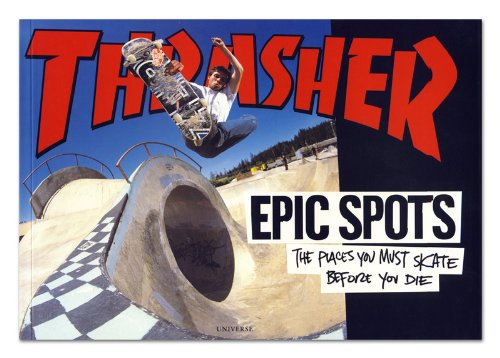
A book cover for Epic Spots: The Places You Must Skate Before You Die; The Editors of Thrasher Magazine; Sports & Outdoors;